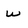
Character: W